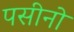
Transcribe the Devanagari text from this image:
पसीनो